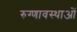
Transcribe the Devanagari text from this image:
रुग्णावस्थाओं